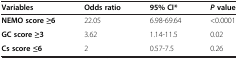
<table><thead><tr><td><b>Variables</b></td><td><b>Odds ratio</b></td><td><b>95% CI*</b></td><td><b><i>P</i>value</b></td></tr></thead><tbody><tr><td><b>NEMO score ≥6</b></td><td>22.05</td><td>6.98-69.64</td><td>&lt;0.0001</td></tr><tr><td><b>GC score ≥3</b></td><td>3.62</td><td>1.14-11.5</td><td>0.02</td></tr><tr><td><b>Cs score ≤6</b></td><td>2</td><td>0.57-7.5</td><td>0.26</td></tr></tbody></table>